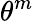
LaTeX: \theta^{m}